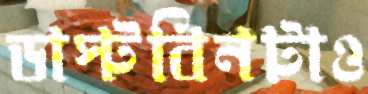
ডাস্টবিনটাও